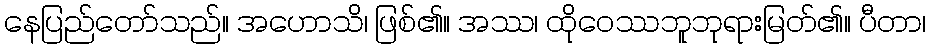
နေပြည်တော်သည်။ အဟောသိ၊ ဖြစ်၏။ အဿ၊ ထိုဝေဿဘူဘုရားမြတ်၏။ ပီတာ၊